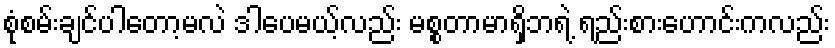
စုံစမ်းချင်ပါတော့မလဲ ဒါပေမယ့်လည်း မစ္စတာမာရှိဘရဲ့ ရည်းစားဟောင်းကလည်း